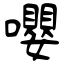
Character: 嚶